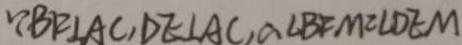
\because B F \bot A C , D E \bot A C , \angle B F M = \angle D E M